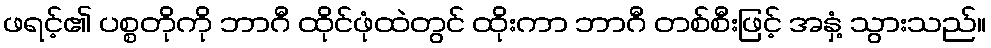
ဖရင့်၏ ပစ္စတိုကို ဘာဂီ ထိုင်ဖုံထဲတွင် ထိုးကာ ဘာဂီ တစ်စီးဖြင့် အနှံ့ သွားသည်။